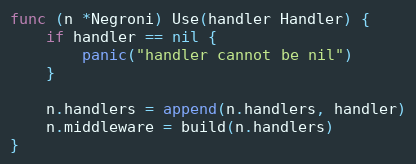
Language: Go
func (n *Negroni) Use(handler Handler) {
	if handler == nil {
		panic("handler cannot be nil")
	}

	n.handlers = append(n.handlers, handler)
	n.middleware = build(n.handlers)
}